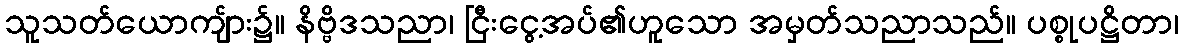
သူသတ်ယောကျ်ား၌။ နိဗ္ဗိဒသညာ၊ ငြီးငွေ့အပ်၏ဟူသော အမှတ်သညာသည်။ ပစ္စုပဋ္ဌိတာ၊